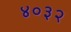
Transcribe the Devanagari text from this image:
४०३२